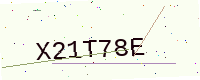
Text: X21T78E